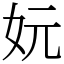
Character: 妧